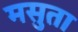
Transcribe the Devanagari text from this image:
मसुता